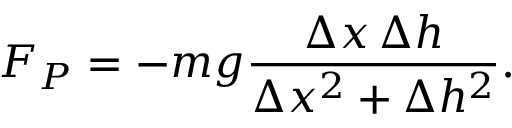
F _ { P } = - m g { \frac { \Delta x \, \Delta h } { \Delta x ^ { 2 } + \Delta h ^ { 2 } } } .